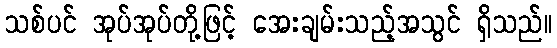
သစ်ပင် အုပ်အုပ်တို့ဖြင့် အေးချမ်းသည့်အသွင် ရှိသည်။